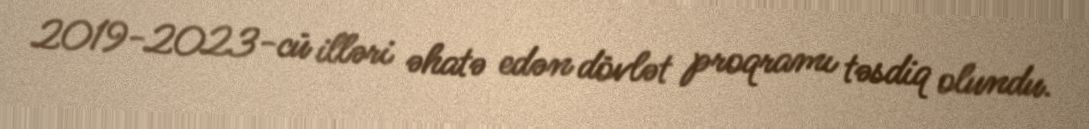
2019-2023-cü illəri əhatə edən dövlət proqramı təsdiq olundu.